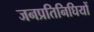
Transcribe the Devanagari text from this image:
जनप्रतिनिघियों